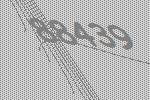
88439